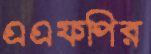
এএফপির